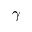
\gamma